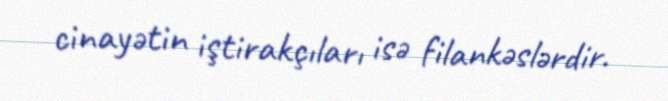
cinayətin iştirakçıları isə filankəslərdir.